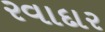
રવાદાર